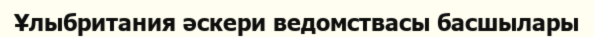
Ұлыбритания әскери ведомствасы басшылары